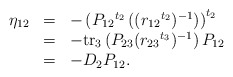
\begin{align*}\begin{array}{rcl}\eta_{12} & = & - \left(P_{12}{}^{t_2} \left( (r_{12}{}^{t_2})^{-1}\right) \right)^{t_2}\\ & = & - \mbox{tr}_3\left(P_{23} (r_{23}{}^{t_3})^{-1} \right) P_{12}\\ & = & - D_2 P_{12}.\end{array}\end{align*}